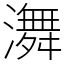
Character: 㵲